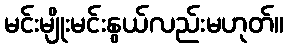
မင်းမျိုးမင်းနွယ်လည်းမဟုတ်။